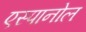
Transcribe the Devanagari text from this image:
एस्‍पानोल